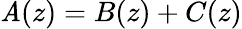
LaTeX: \mathit{A}(z)=B(z)+C(z)